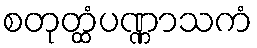
စတုတ္ထံပဏ္ဏာသကံ